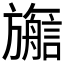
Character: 𬀜